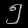
Digit: ၅